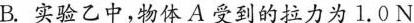
B.实验乙中，物体A受到的拉力为1.0N